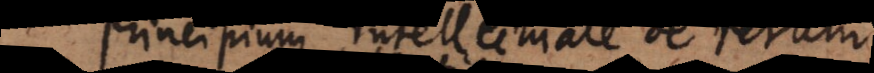
Principium intellectuale de rerum